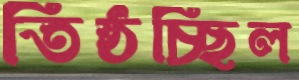
তিষ্ঠচ্ছিল